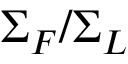
\Sigma _ { F } / \Sigma _ { L }